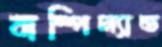
বাম্পিল্যান্ড